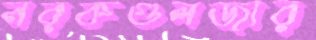
নরকগুলজার